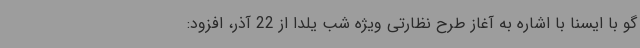
گو با ایسنا با اشاره به آغاز طرح نظارتی ویژه شب یلدا از 22 آذر، افزود: